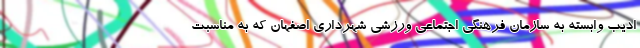
ادیب وابسته به سازمان فرهنگی اجتماعی ورزشی شهرداری اصفهان که به مناسبت